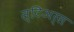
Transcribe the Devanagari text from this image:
स्टिअर्स